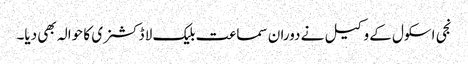
نجی اسکول کے وکیل نے دوران سماعت بلیک لا ڈکشنری کا حوالہ بھی دیا۔